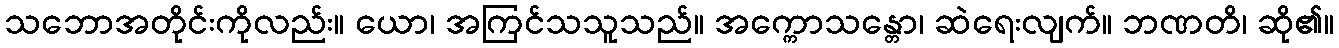
သဘောအတိုင်းကိုလည်း။ ယော၊ အကြင်သသူသည်။ အက္ကောသန္တော၊ ဆဲရေးလျက်။ ဘဏတိ၊ ဆို၏။